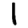
Digit: 1